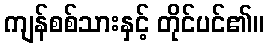
ကျန်စစ်သားနှင့် တိုင်ပင်၏။